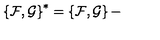
\left\{ { \cal F } , { \cal G } \right\} ^ { * } = \left\{ { \cal F } , { \cal G } \right\} -